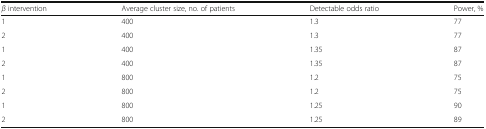
| β intervention | Average cluster size, no. of patients | Detectable odds ratio | Power, % |
 | --- | --- | --- | --- |
 | 1 | 400 | 1.3 | 77 |
 | 2 | 400 | 1.3 | 77 |
 | 1 | 400 | 1.35 | 87 |
 | 2 | 400 | 1.35 | 87 |
 | 1 | 800 | 1.2 | 75 |
 | 2 | 800 | 1.2 | 75 |
 | 1 | 800 | 1.25 | 90 |
 | 2 | 800 | 1.25 | 89 |